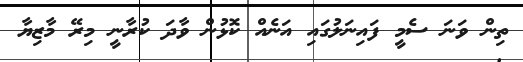
ތިން ވަަނަ ސެމީ ފައިނަލުގައި އަނެއް ކޮޅުން ވާދަ ކުރާނީ މިރޭ މާޒިޔާ